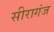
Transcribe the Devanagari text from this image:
सीरागंज